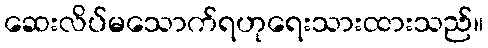
ဆေးလိပ်မသောက်ရဟုရေးသားထားသည်။